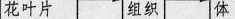
花叶片 组织 体